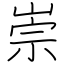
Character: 崇